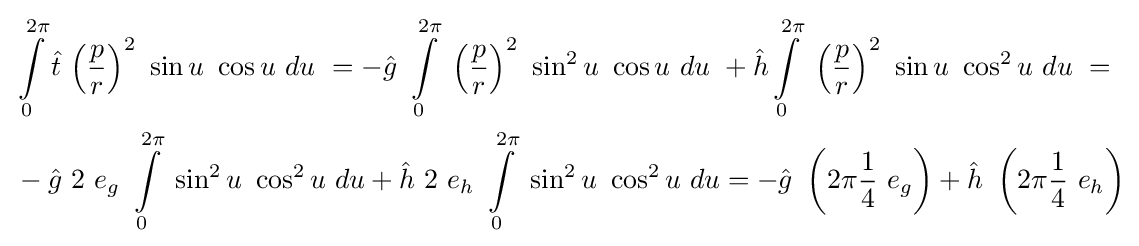
{\begin{aligned}&\int \limits _{0}^{2\pi }{\hat {t}}\ {\left({\frac {p}{r}}\right)}^{2}\ \sin u\ \cos u\ du\ =-{\hat {g}}\ \int \limits _{0}^{2\pi }\ {\left({\frac {p}{r}}\right)}^{2}\ \sin ^{2}u\ \cos u\ du\ +{\hat {h}}\int \limits _{0}^{2\pi }\ {\left({\frac {p}{r}}\right)}^{2}\ \sin u\ \cos ^{2}u\ du\ =\\&-{\hat {g}}\ 2\ e_{g}\ \int \limits _{0}^{2\pi }\ \sin ^{2}u\ \cos ^{2}u\ du+{\hat {h}}\ 2\ e_{h}\ \int \limits _{0}^{2\pi }\ \sin ^{2}u\ \cos ^{2}u\ du=-{\hat {g}}\ \left(2\pi {\frac {1}{4}}\ e_{g}\right)+{\hat {h}}\ \left(2\pi {\frac {1}{4}}\ e_{h}\right)\end{aligned}}